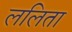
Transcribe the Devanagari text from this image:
ललिता